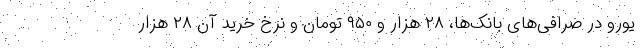
یورو در صرافی‌های بانک‌ها، ۲۸ هزار و ۹۵۰ تومان و نرخ خرید آن ۲۸ هزار